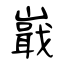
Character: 嶯